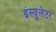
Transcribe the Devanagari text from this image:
इंस्यूलेटर